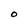
Character: O